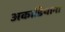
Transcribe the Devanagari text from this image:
अकाडियाना